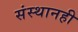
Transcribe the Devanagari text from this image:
संस्थानही